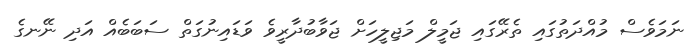
ނަމަވެސް މުއްދަތުގައި ތެރޭގައި ޖަމީލް މަޖިލީހަށް ޖަވާބުދާރީވެ ވަޑައިނުގަތް ސަބަބެއް އަދި ނޭނގެ